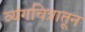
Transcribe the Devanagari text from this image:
व्यंगचित्रातून